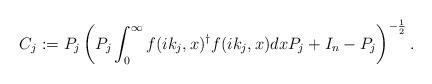
LaTeX: \begin{align*}C_j:=P_j \left(P_j\int_0^\infty f(ik_j,x)^\dagger f(ik_j,x)dx P_j+I_n-P_j\right)^{-\frac{1}{2}}.\end{align*}